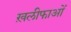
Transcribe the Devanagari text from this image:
ख़लीफाओं